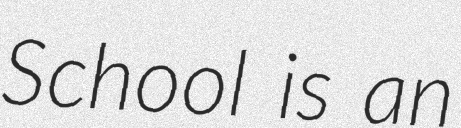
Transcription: School is an